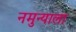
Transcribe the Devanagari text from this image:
नमुन्याला